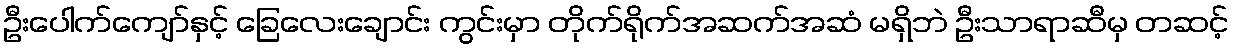
ဦးပေါက်ကျော်နှင့် ခြေလေးချောင်း ကွင်းမှာ တိုက်ရိုက်အဆက်အဆံ မရှိဘဲ ဦးသာရာဆီမှ တဆင့်